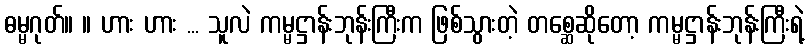
ဓမ္မဂုတ်။ ။ ဟား ဟား ... သူလဲ ကမ္မဋ္ဌာန်းဘုန်းကြီးက ဖြစ်သွားတဲ့ တစ္ဆေဆိုတော့ ကမ္မဋ္ဌာန်းဘုန်းကြီးရဲ့